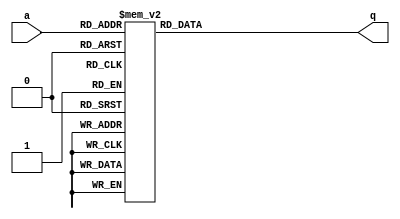
module top_module (
    input [2:0] a,
    output [15:0] q ); 
    
    parameter a0 = 16'h1232;
    parameter a1 = 16'haee0;
    parameter a2 = 16'h27d4;
    parameter a3 = 16'h5a0e;
    parameter a4 = 16'h2066;
    parameter a5 = 16'h64ce;
    parameter a6 = 16'hc526;
    parameter a7 = 16'h2f19;

    always @(*) begin
        case (a)
            0: q = a0;
            1: q = a1;
            2: q = a2;
            3: q = a3;
            4: q = a4;
            5: q = a5;
            6: q = a6;
            7: q = a7;
            default: q = 0;
        endcase
    end

endmodule